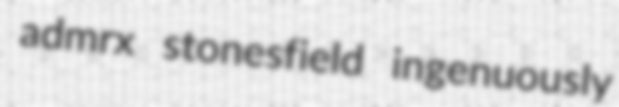
admrx stonesfield ingenuously